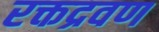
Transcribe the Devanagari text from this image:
रक्तद्रवण